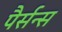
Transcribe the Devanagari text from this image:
पैर्सन्स